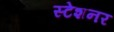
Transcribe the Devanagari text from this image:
स्टेशनर